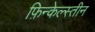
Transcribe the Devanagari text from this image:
फ़िन्केल्स्तीन